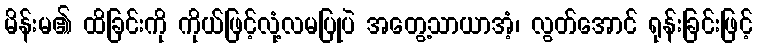
မိန်းမ၏ ထိခြင်းကို ကိုယ်ဖြင့်လုံ့လမပြုပဲ အတွေ့သာယာအံ့၊ လွတ်အောင် ရုန်းခြင်းဖြင့်